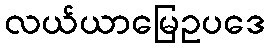
လယ်ယာမြေဥပဒေ